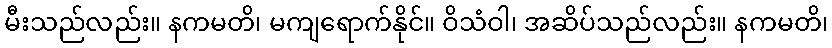
မီးသည်လည်း။ နကမတိ၊ မကျရောက်နိုင်။ ဝိသံဝါ၊ အဆိပ်သည်လည်း။ နကမတိ၊